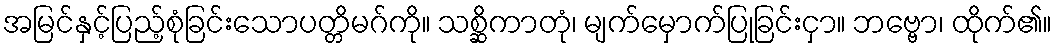
အမြင်နှင့်ပြည့်စုံခြင်းသောပတ္တိမဂ်ကို။ သစ္ဆိကာတုံ၊ မျက်မှောက်ပြုခြင်းငှာ။ ဘဗ္ဗော၊ ထိုက်၏။